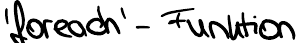
'foreach'- Funktion